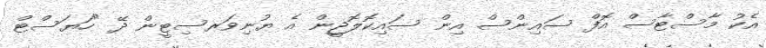
އެކު މާސްޓާސް އޮފް ސައިންސް އިން ސައިކޮލޮޖީން އެ ޔުނިވަރސިޓީން ދޭ "ހަޔަސްޓް